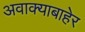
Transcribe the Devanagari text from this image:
अवाक्याबाहेर